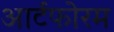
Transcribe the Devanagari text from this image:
आर्टफोरम